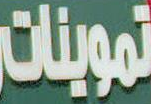
تموينات